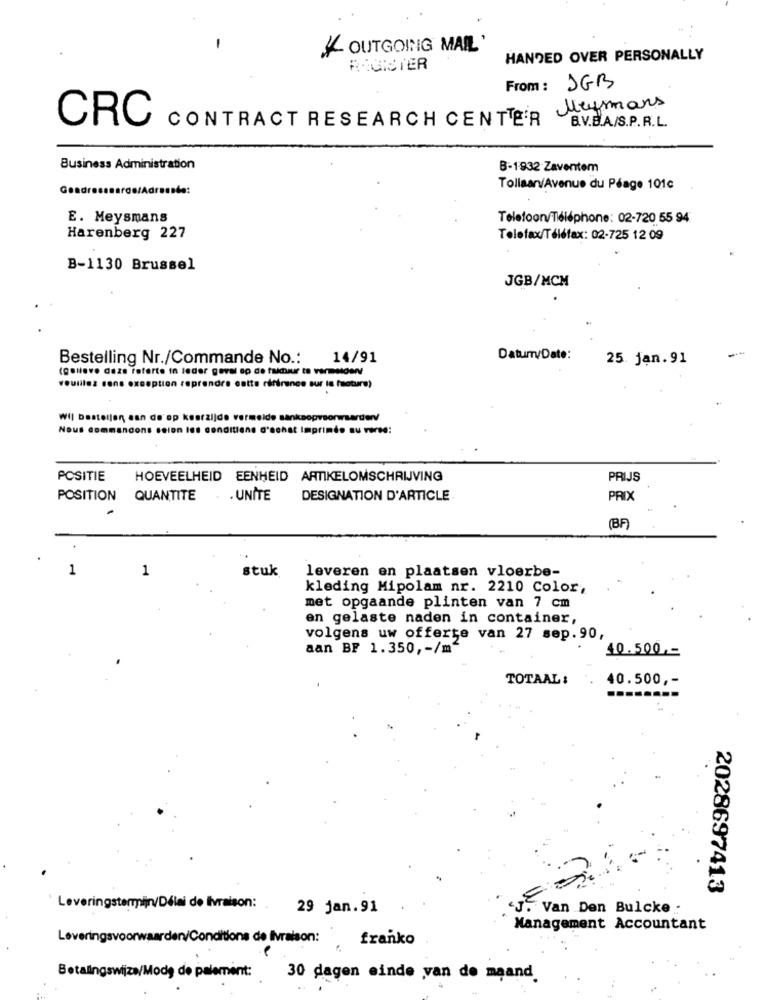
-
OUTGOING MAIL.
HANDED OVER PERSONALLY
REGISTER
From : JGB
Mymars
CRC
CONTRACT RESEARCH CENTER
B.V.B.A/S.P.R.L.
Business Administration
B-1932 Zaventem
Gondre
./Adressée:
Tollaan/Avenue du Péage 101c
E. Meysmans
Telefoon/Téléphone: 02-720 55 94
Harenberg 227
Telefax/Téléfax: 02-725 12 09
B-1130 Brussel
JGB/MCM
Bestelling Nr./Commande No .: 14/91
Datum/Date:
25 jan.91
(gelieve deze foferte in leder geval op de fakchar to varmelderv
veuillez sans exception reprendre catte riffrance sur is facture)
Wil bestellen aan de op keerzijde vermeide sanksopvoorwaarden/
Nous do
cion les conditions d'achat Imprimée Bu Forte!
POSITIE
HOEVEELHEID EENHEID ARTIKELOMSCHRIJVING
PRIJS
POSITION QUANTITE
.. UNITE
DESIGNATION D'ARTICLE
PRIX
(BF
1
1
stuk
leveren en plaatsen vloerbe-
kleding Mipolam nr. 2210 Color,
met opgaande plinten van 7 cm
en gelaste naden in container,
volgens uw offerte van 27 sep.90,
aan BF 1.350, - /m2
40.500 ,-
TOTAAL :
40.500 ,-
2028697413
Leveringstermijn/Délai de livraison: .
29 jan.91
J. Van Den Bulcke .
Management Accountant
Leveringsvoorwaarden/Conditions de livraison: franko
Betalingswijze/Modę de paiement: 30 dagen einde van de maand.